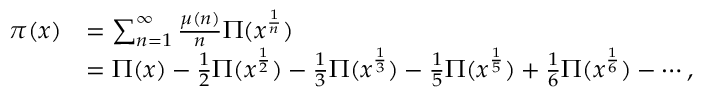
{ \begin{array} { r l } { \pi ( x ) } & { = \sum _ { n = 1 } ^ { \infty } { \frac { \mu ( n ) } { n } } \Pi ( x ^ { \frac { 1 } { n } } ) } \\ & { = \Pi ( x ) - { \frac { 1 } { 2 } } \Pi ( x ^ { \frac { 1 } { 2 } } ) - { \frac { 1 } { 3 } } \Pi ( x ^ { \frac { 1 } { 3 } } ) - { \frac { 1 } { 5 } } \Pi ( x ^ { \frac { 1 } { 5 } } ) + { \frac { 1 } { 6 } } \Pi ( x ^ { \frac { 1 } { 6 } } ) - \cdots , } \end{array} }